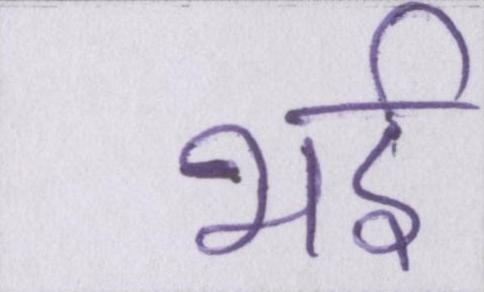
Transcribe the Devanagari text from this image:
भई